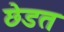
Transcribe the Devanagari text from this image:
छेडत